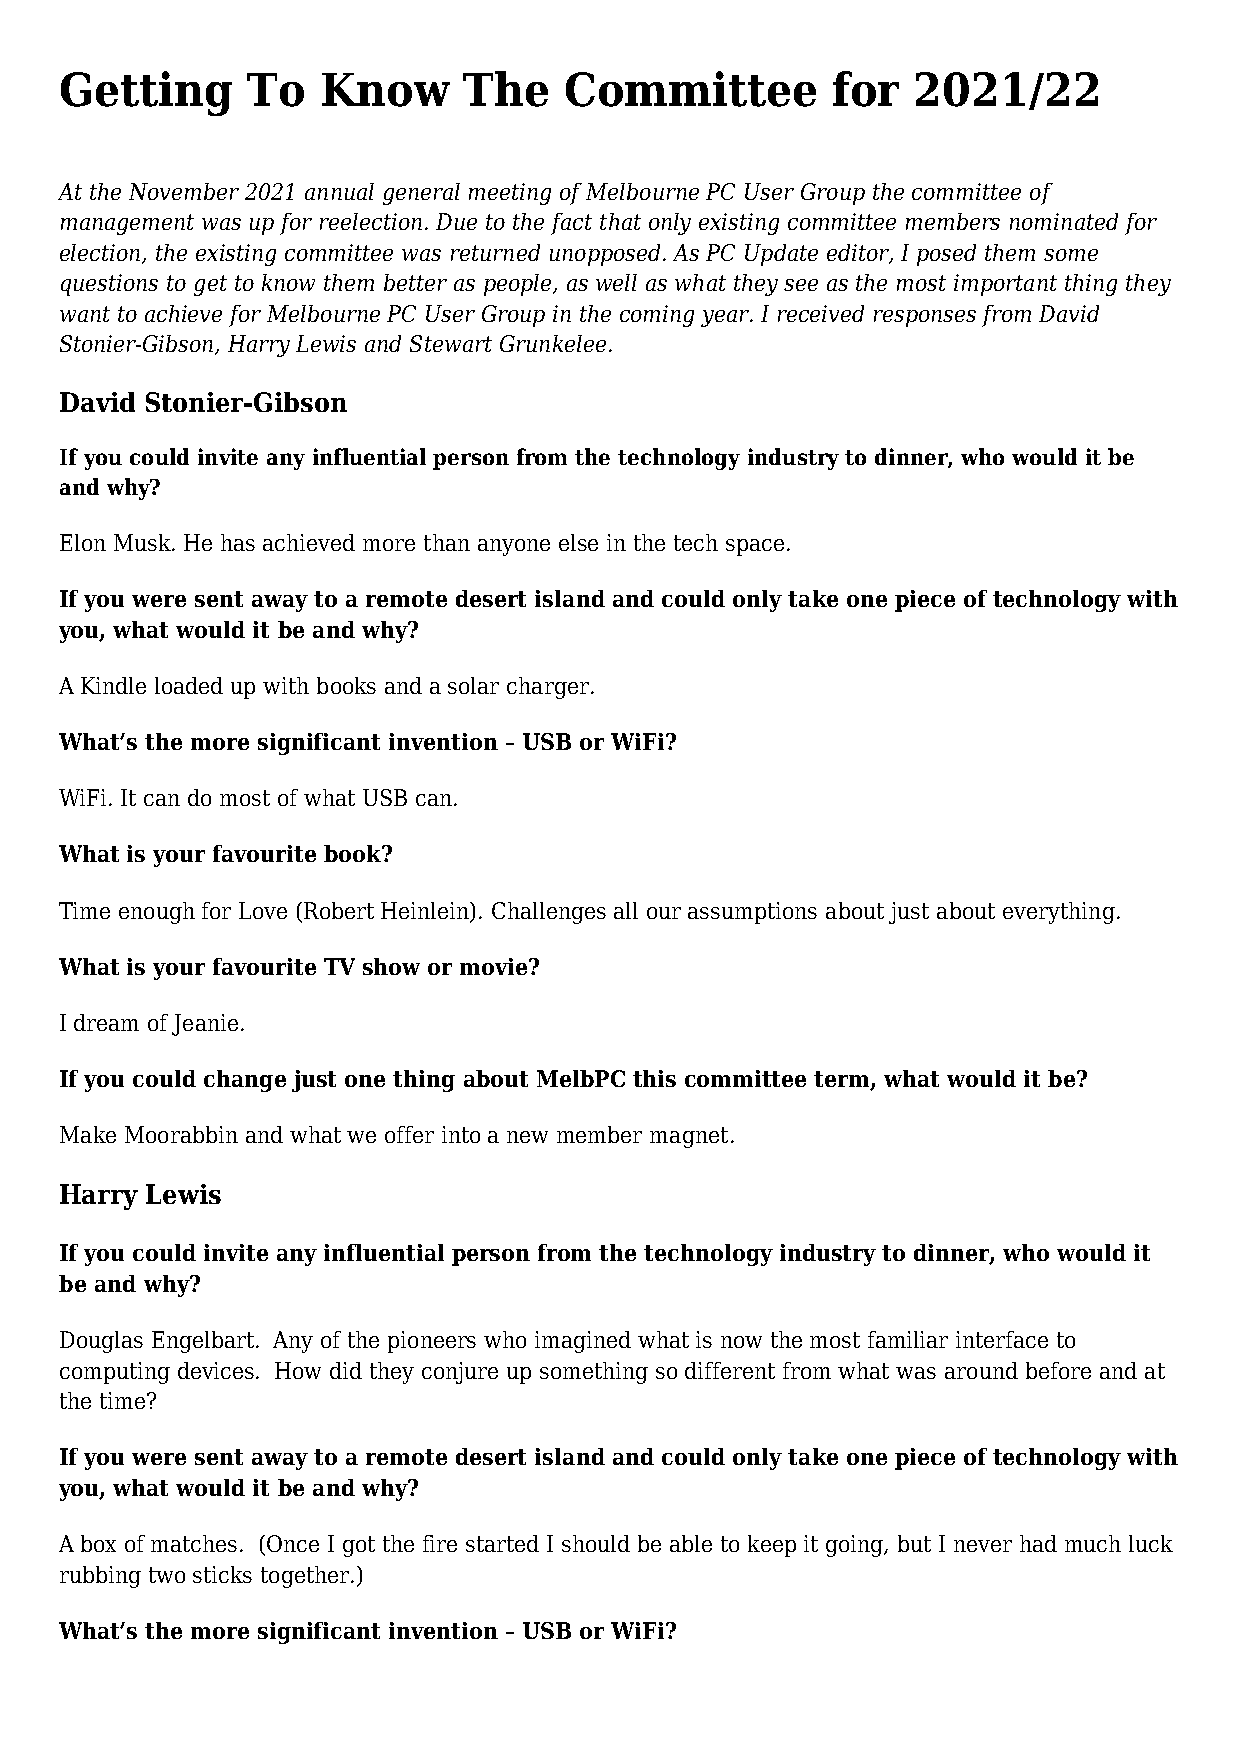
Getting     To   Know      The   Committee         for  2021/22
 At the November 2021 annual general meeting of Melbourne PC User Group the committee of
 management was up for reelection. Due to the fact that only existing committee members nominated for
 election, the existing committee was returned unopposed. As PC Update editor, I posed them some
 questions to get to know them better as people, as well as what they see as the most important thing they
 want to achieve for Melbourne PC User Group in the coming year. I received responses from David
 Stonier-Gibson, Harry Lewis and Stewart Grunkelee.
 David Stonier-Gibson
 If you could invite any influential person from the technology industry to dinner, who would it be
 and why?
 Elon Musk. He has achieved more than anyone else in the tech space.
 If you were sent away to a remote desert island and could only take one piece of technology with
 you, what would it be and why?
 A Kindle loaded up with books and a solar charger.
 What’s the more significant invention – USB or WiFi?
 WiFi. It can do most of what USB can.
 What is your favourite book?
 Time enough for Love (Robert Heinlein). Challenges all our assumptions about just about everything.
 What is your favourite TV show or movie?
 I dream of Jeanie.
 If you could change just one thing about MelbPC this committee term, what would it be?
 Make Moorabbin and what we offer into a new member magnet.
 Harry Lewis
 If you could invite any influential person from the technology industry to dinner, who would it
 be and why?
 Douglas Engelbart. Any of the pioneers who imagined what is now the most familiar interface to
 computing devices. How did they conjure up something so different from what was around before and at
 the time?
 If you were sent away to a remote desert island and could only take one piece of technology with
 you, what would it be and why?
 A box of matches. (Once I got the fire started I should be able to keep it going, but I never had much luck
 rubbing two sticks together.)
 What’s the more significant invention – USB or WiFi?